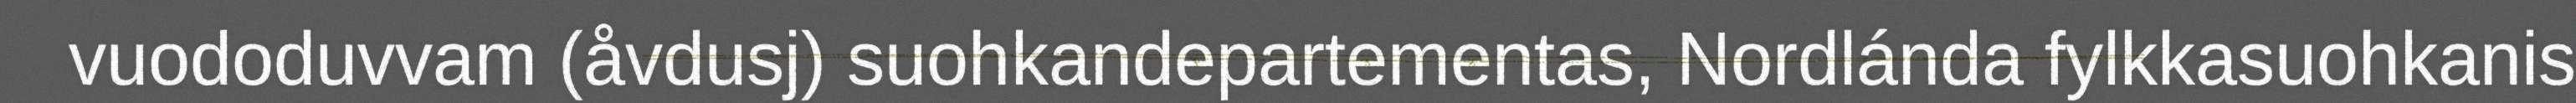
vuododuvvam (åvdusj) suohkandepartementas, Nordlánda fylkkasuohkanis